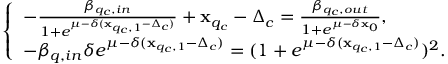
\left\{ \begin{array} { l l } { - \frac { \beta _ { q _ { c } , i n } } { 1 + e ^ { \mu - \delta ( \mathbf { x } _ { q _ { c } , 1 } - \Delta _ { c } ) } } + \mathbf { x } _ { q _ { c } } - \Delta _ { c } = \frac { \beta _ { q _ { c } , o u t } } { 1 + e ^ { \mu - \delta \mathbf { x } _ { 0 } } } , } \\ { - \beta _ { q , i n } \delta e ^ { \mu - \delta ( \mathbf { x } _ { q _ { c } , 1 } - \Delta _ { c } ) } = ( 1 + e ^ { \mu - \delta ( \mathbf { x } _ { q _ { c } , 1 } - \Delta _ { c } ) } ) ^ { 2 } . } \end{array} \right.